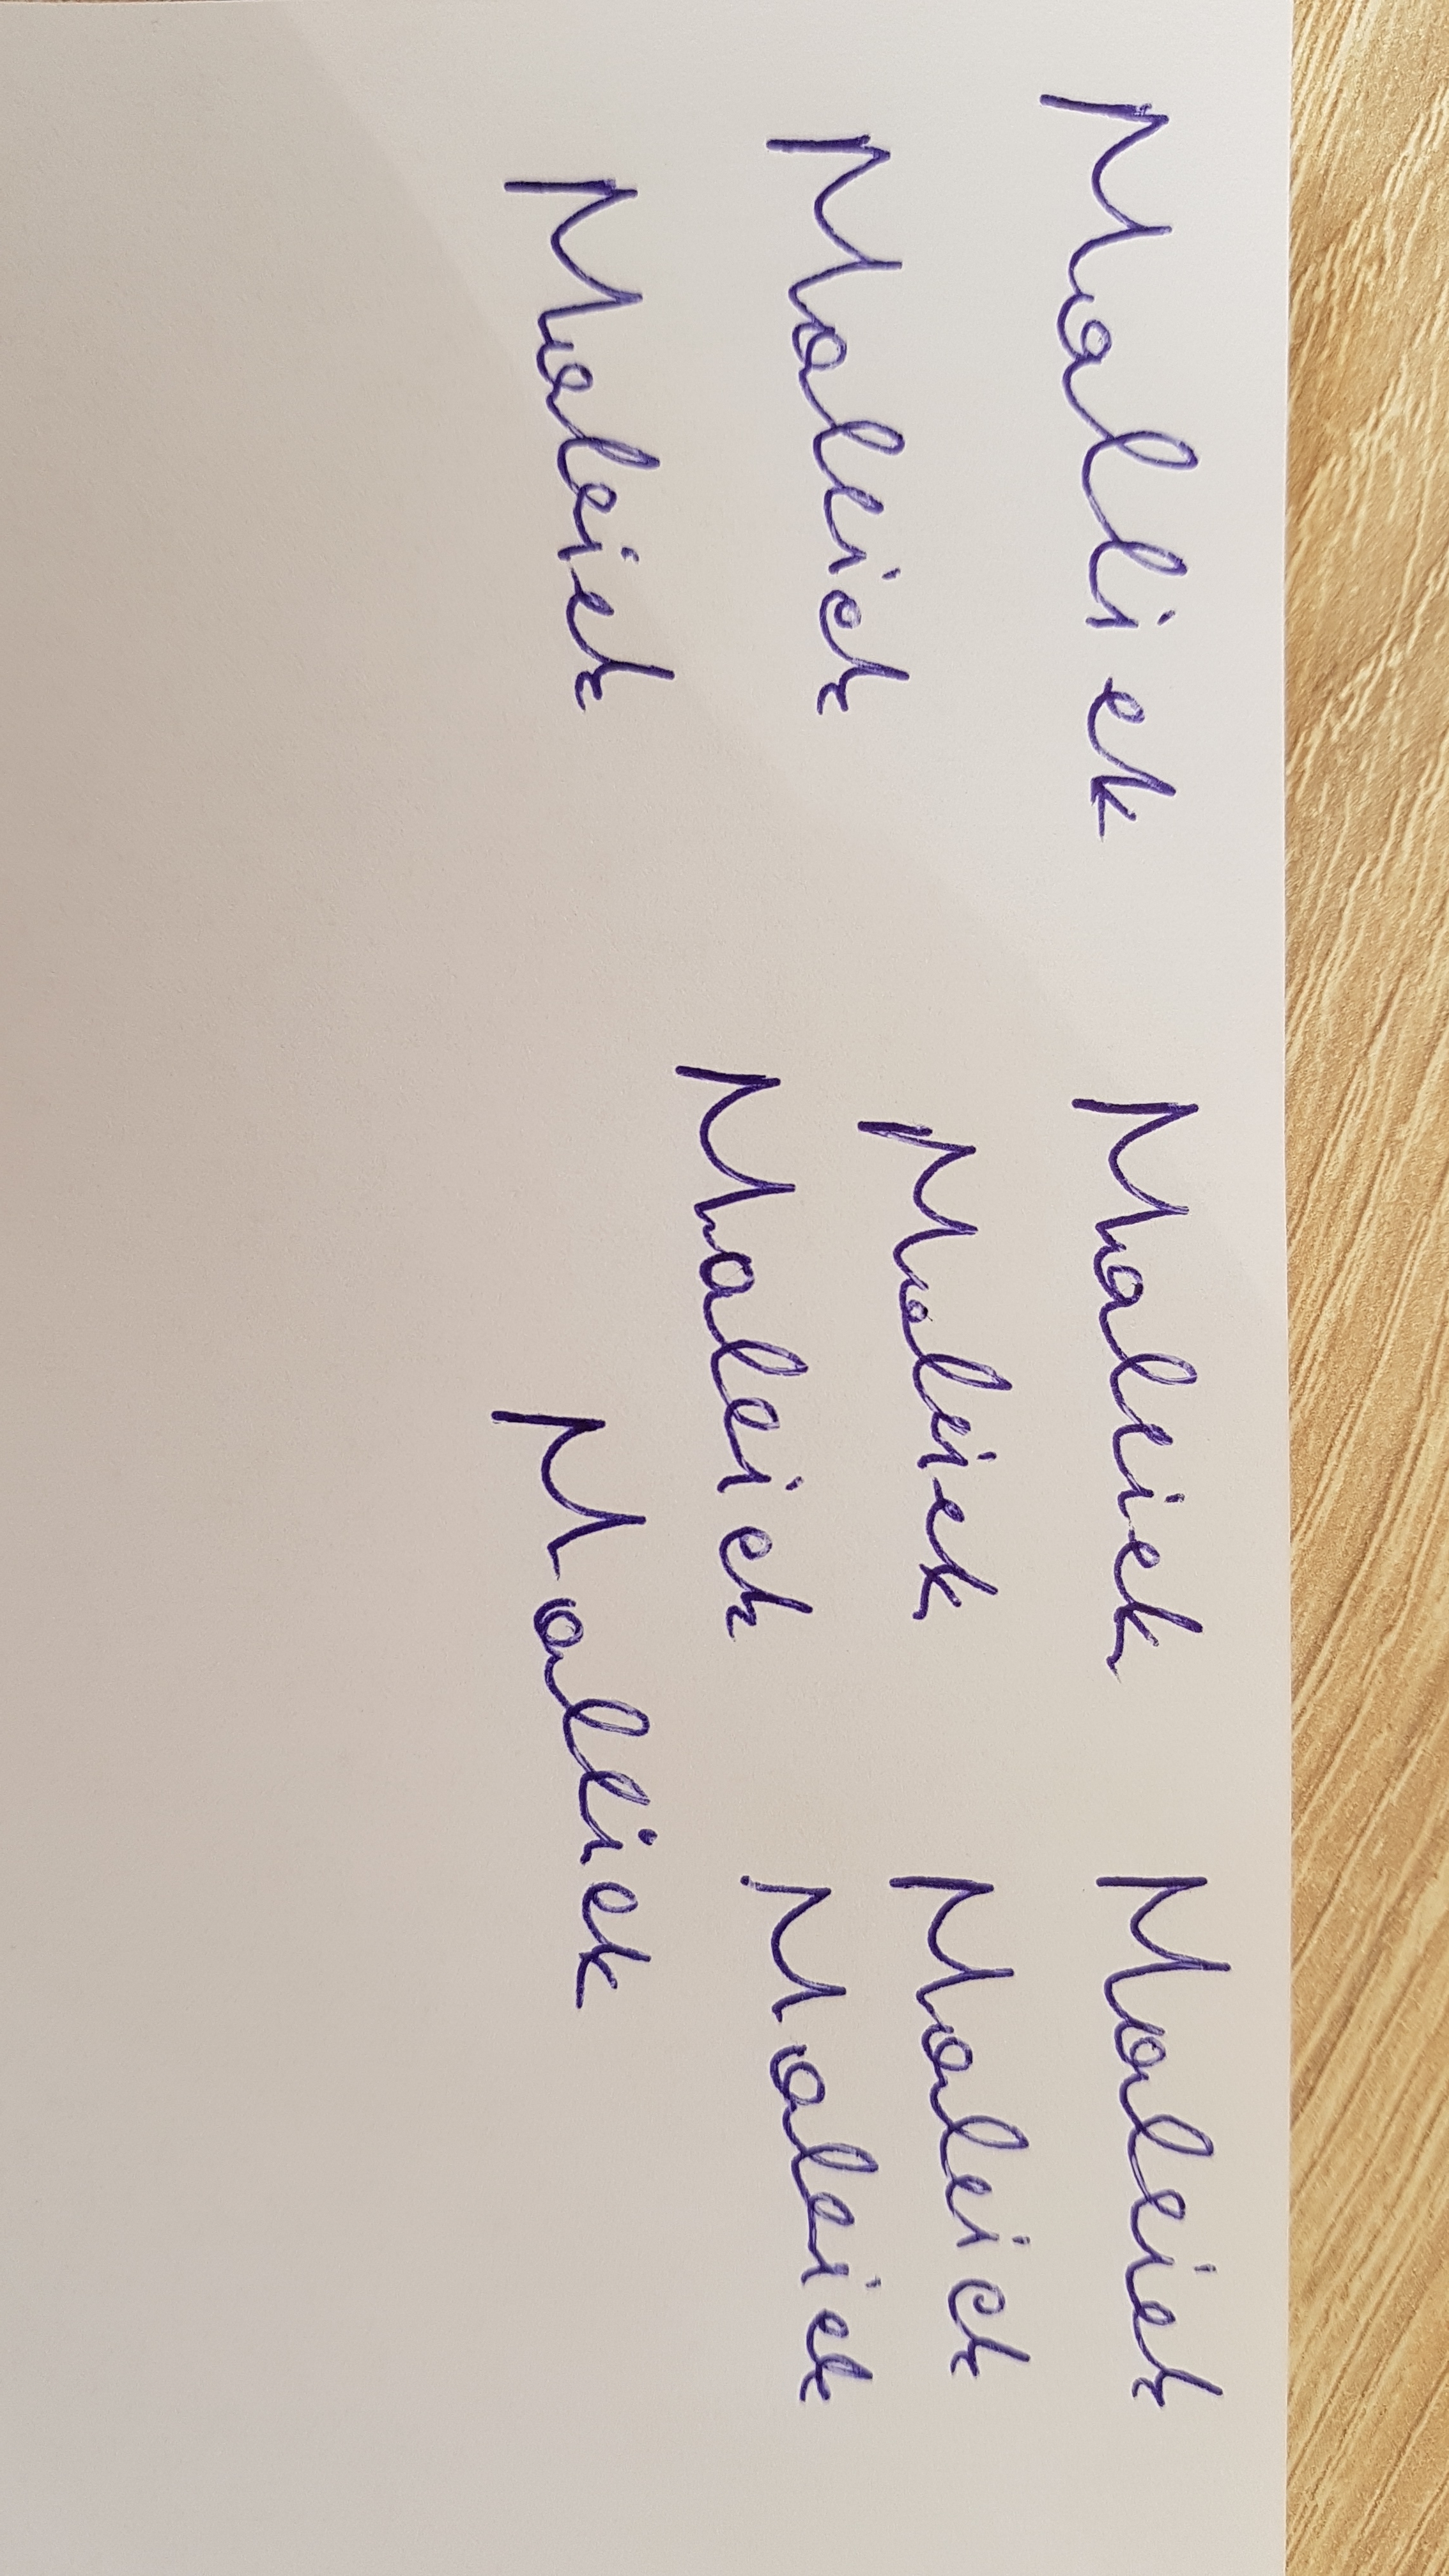
Signature authenticity: forged